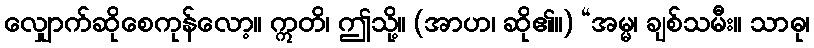
လျှောက်ဆိုစေကုန်လော့။ ဣတိ၊ ဤသို့။ (အာဟ၊ ဆို၏။) “အမ္မ၊ ချစ်သမီး။ သာဓု၊